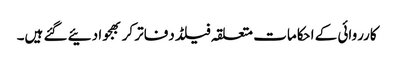
کارروائی کے احکامات متعلقہ فیلڈ دفاتر کر بھجوا دئیے گئے ہیں۔